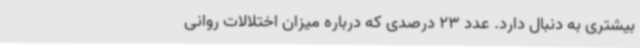
بیشتری به دنبال دارد. عدد 23 درصدی که درباره میزان اختلالات روانی